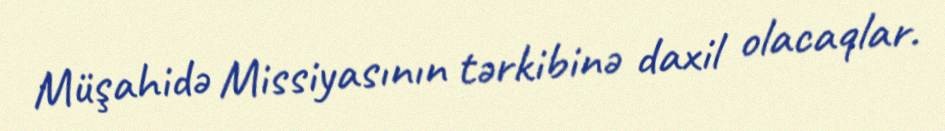
Müşahidə Missiyasının tərkibinə daxil olacaqlar.